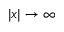
| x | \rightarrow \infty